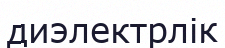
диэлектрлік